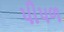
પીપળ